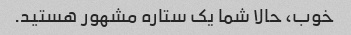
خوب، حالا شما یک ستاره مشهور هستید.